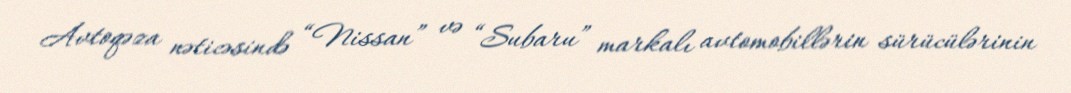
Avtoqəza nəticəsində “Nissan” və “Subaru” markalı avtomobillərin sürücülərinin